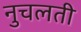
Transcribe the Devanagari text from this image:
नुचलती